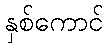
နှစ်ကောင်